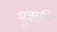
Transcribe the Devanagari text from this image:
भूऋषि